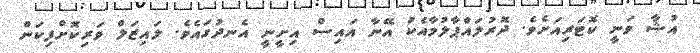
އުޝާ ވަނީ ކޮޓަރިއަށެވެ. ދޮރުލައްޕާލުމާއެކު އޭނާ އައިސް އިށީނީ އެނދުގައެވެ. ލައިޒަލް ވަރިކޮށްފިކަން